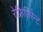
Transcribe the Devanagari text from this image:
रेफ्रिजिरेन्ट